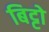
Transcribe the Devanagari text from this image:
बिट्टो